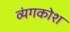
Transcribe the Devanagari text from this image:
व्यंगकोश